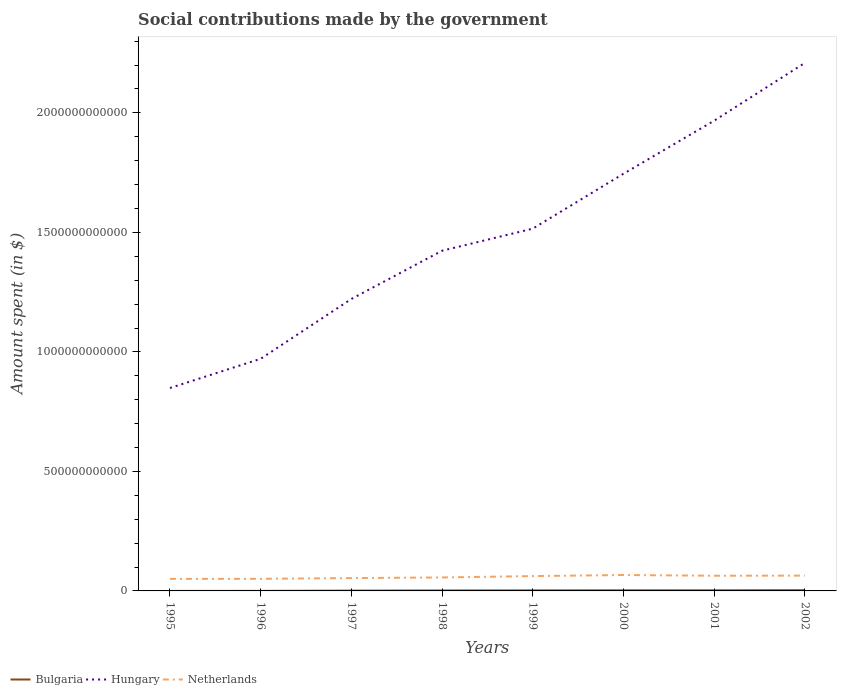
| Years | Bulgaria | Hungary | Netherlands |
 | --- | --- | --- | --- |
 | 1995 | 6.68e+07 | 8.49e+11 | 5.04e+10 |
 | 1996 | 1.18e+08 | 9.71e+11 | 5.07e+10 |
 | 1997 | 1.17e+09 | 1.22e+12 | 5.37e+10 |
 | 1998 | 1.86e+09 | 1.42e+12 | 5.63e+10 |
 | 1999 | 2.13e+09 | 1.52e+12 | 6.21e+10 |
 | 2000 | 2.47e+09 | 1.75e+12 | 6.66e+10 |
 | 2001 | 2.5e+09 | 1.97e+12 | 6.36e+10 |
 | 2002 | 3.08e+09 | 2.21e+12 | 6.4e+10 |